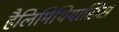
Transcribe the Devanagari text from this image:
हैलिमिंथियासिस